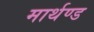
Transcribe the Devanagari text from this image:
मार्थण्ड